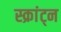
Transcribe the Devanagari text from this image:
स्क्रांट्न